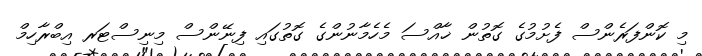
މި ކޮންފަރެންސް ފެށުމުގެ ގޮތުން ޚާއްސަ މެހެމާނުންގެ ގޮތުގައި ފިނޭންސް މިނިސްޓަރ އިބްރާހިމް